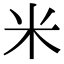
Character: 米